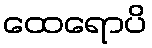
ထေရောပိ